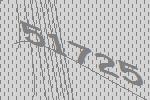
51725